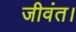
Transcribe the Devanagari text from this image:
जीवंत।